Vital statistics of India. Vol. VI, European troops 1870-79
Year: 1870
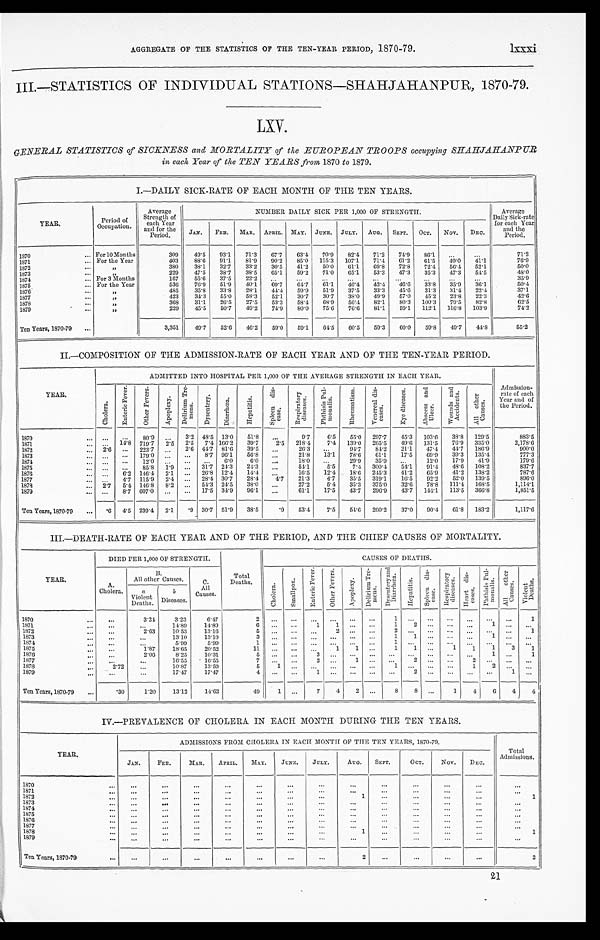
AGGREGATE OF THE STATISTICS OF THE TEN-YEAR PERIOD, 1870-79.
1xxxi.
III.—STATISTICS OF INDIVIDUAL STATIONS—SHAHJAHANPUR, 1870-79.
LXV.
GENERAL STATISTICS of SICKNESS and MORTALITY of the EUROPEAN TROOPS occupying SHAHJAHANPUR
in each Year of the TEN YEARS from. 1870 to 1879.
I.—DAILY SICK-RATE OF EACH MONTH OF THE TEN YEARS.
YEAR.
P e r i o d o f
Occupation.
Average
Strength of
each Year
and for the
Period.
NUMBER DAILY SICK PER 1,000 OF STRENGTH.
Average
Daily Sick-rate
for each Year
and the
Period.
J A N . FEB. MAR. APRIL. MAY. JUNE. JULY. AUG. SEPT. OCT. NOV. DEC.
1870
For 10 Months
309 49.5 93.1
7 1 . 3
67.7
6 3 . 4
70.9
8 2 . 4
71.2 74.9 86. 1
7 1 . 2
1871
For the Year
403 88.6 91.1 81.9 90.2 85.0 115.3 107.1 71.4 61.2 61.5 49.0 41.1
7 6 . 9
1872
„
380 38.1 32.7 33.2 30.5 41.2 50.0 61.1 69.8 72.8 72.4 56.4 52.1
5 0 . 0
1873
"
229 47.5 38.7 38.5 65.1 59.2 71.0 65.1 53.3 47.3 35.3 47.3 54.5
4 8 . 0
1874
For 3 Months
167 55.6 37.5 22.2
3 5 . 9
1875
For the Year
536 76.9 51.9 40.1 69.7 64.7 61.1 46.4 42.4 46.6 33.8 35.9
3 6 . 1
5 0 . 4
1876
"
485 35.8 33.8 28.1 44.4 59.9 51.9 37.5 33.3 45.6 31.3 31.4 22.4
37.1
1877
"
4.23 34.3 55.0 58.3 52.1 30.7 30.7 38.0 49.9 57.0 45.2 23.8 22.3
42.6
1878
"
368 31.1 26.5 27.5 53.3 58.4 68.9 56.4 82.1 80.3 100.3 79.5 82.8
6 2 . 5
1879
"
229 45.5 50.7 49.2 74.9 80.0 75.6 76.6 81.1 59.1 112.1 116.8 103.9
7 4 . 2
Ten Years, 1870-79
3,351 49.7 52.6 46.2 59.0 59.1 64.5 60.5
5 9 . 3 60.0 59. 8 49.7 44.8
5 5 . 2
II.—COMPOSITION OF THE ADMISSION-RATE OF EACH YEAR AND OF THE TEN-YEAR PERIOD.
Y E A R .
ADMITTED INTO HOSPITAL PER 1,000 OF THE AVERAGE STRENGTH IN EACH YEAR.
Admission- rate of each
Year and of
the Period.
C h o l e r a .
E n t e r i c F e v e r .
O t h e r F e v e r s .
A p o p l e x y .
D e l i r i u m T r e - m e n s
D y s e n t e r y D i a h r r œ a .
H e p a t i t i s .
S p l e e n D i s - e a s e .
R e s p i r a t o r y
d i s e a s e s .
P h t h i s i s P u l - m o n a l i s .
R h e u m a t i s m .
V e n e r e a l d i s - e a s e s .
E y e d i s e a s e s .
A b s c e s s a n d
U l c e r s .
W o u n d s a n d A c c i d e n t s .
A l l o t h e r C a s e s .
1870
80.9
3.2 48.5 13.0 51.8
9.7 6.5 55.0 297.7 45.3 103.6 38.8 129.5
883.5
1871
14.8 719.7 2.5 2.5 7.4 166.2 39.7 2.5 218.4 7.4 139.0 265.5 49.6 131.5 76.9 335.0
2,178.6
1872
2.6
223.7
2.6 44.7 81.6 39.5
26.3
9 4 . 7 84.2 21.1 47.4 44.7 186.9
9 0 0 . 0
1873
179.0
8.7 96.1 56.8
21.8
13. 1 78.6
6 1 . 1 17.5 69.9 39.3 135.4
777.3
1874
12.0
6. 0
6 . 0
18.0
29.9 35.9
12.0 17.9 41.9
179.6
1875
85.8 1.9
31.7 24.3 24.3
54.1
5.5
7.4 300.4
5 4 . 1
9 1 . 4 48.6 108.2
837.7
1876
6.2 146.4 2.1
26.8 12.4 14.4
16.5 12.4 18.6 245.3 41.2 65.9 41.2 138.2
787.6
1877
4.7 115.9 2.4
28.4 30.7 28.4 4.7 21.3 4.7 35.5 319.1 16.5 92.2 52.0 139.5
8 9 6 . 0
1878
2.7 5.4 146.8 8.2
54.3 24.5 38.0
27.2 5.4 35.3 375.0 32.6 78.8 111.4 168.5
1 , 1 1 4 . 1
1879
8.7 607.0
17.5 34.9 96.1
61.1 17.5 43.7 296.9 43.7 144.1 113.5 366.8
1,851.5
Ten Years, 1870-79
.6 4.5 239.4 2.1 .9 30.7 51.9 38.5
.9 53.4 7.5 54.6 260.2 37.0 90.4 61.8 183.2
1 , 1 1 7 . 6
III.—DEATH-RATE OF EACH YEAR AND OF THE PERIOD, AND THE CHIEF CAUSES OF MORTALITY.
YEAR.
DIED PER 1,000 OF STRENGTH.
Tot a l
Deaths.
CAUSES OF DEATHS.
A.
Cholera.
B .
All other Causes.
C .
All
Causes.
C h o l e r a .
S m a l l p o x .
E n t e r i c F e v e r .
O t h e r F e v e r .
A p o p l e x y .
D e l e r i u m T r e - m e n s .
D y s e n t e r y a n d
D i a h r r œ a .
H e p a t i t i s . S p l e e n d i s - e a s e .
R e s p i r a t o r y
d i s e a s e s .
H e a r t d i s - e a s e s .
P h t h i s i s P u l -
m o n a l i s .
A l l o t h e r C a s e s .
V i o l e n t D e a t h s .
a
Violent Deaths.
b
Diseases.
1870
3.24
3.23
6.47
2
1
1
1 8 7 1
14.89 14.89
6
1 1
1
2
1
1872
2.63
10.53
13.16
5
1
1873
13.10
13.10
3
1
1
1
1874
5.99
5.99
1
1
1875
1.87
18.65
20.52
11
1 1
1 1
1 1 1
3 1
1876
2.00
8.25
10.31
5
3
1
1
1877
16.55
16.55
7
2
1
2
2
1878
2.72
10.87 13.59
5
1
1
1
2
1 8 7 9
17.47
17.47
4
1
2
1
Ten Years, 1870-79
.30
1.20 13.12
14.62
49
1
7 4 2
8 8
1 4 6 4 4
IV.—PREVALENCE OF CHOLERA IN EACH MONTH DURING THE TEN YEARS.
YEAR.
ADMISSIONS FROM CHOLERA IN EACH MONTH OF THE TEN YEARS, 1870-79.
T o t a l A d m i s s i o n s .
JAN. FEB.
MAR. APRIL. MAY. JUNE. JULY.
AUG. SEPT.
OCT.
NOV. DEC.
1870 1871
1872
1
1
1873
1874
1 8 7 5
1876 1877
1 8 7 8
1
1
1879
Ten Years, 1870-79
2
2